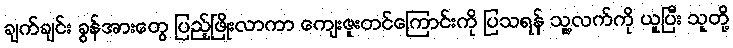
ချက်ချင်း ခွန်အားတွေ ပြည့်ဖြိုးလာကာ ကျေးဇူးတင်ကြောင်းကို ပြသရန် သူ့လက်ကို ယူပြီး သူတို့